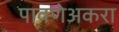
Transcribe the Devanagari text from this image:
पावणेअकरा